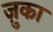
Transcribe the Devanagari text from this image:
ज़ुका